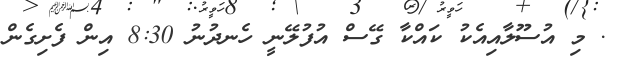
. މި އުސޫލާއިއެކު ކައްކާ ގޭސް އުފުލޭނީ ހެނދުނު 8:30 އިން ފެށިގެން